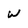
Character: W